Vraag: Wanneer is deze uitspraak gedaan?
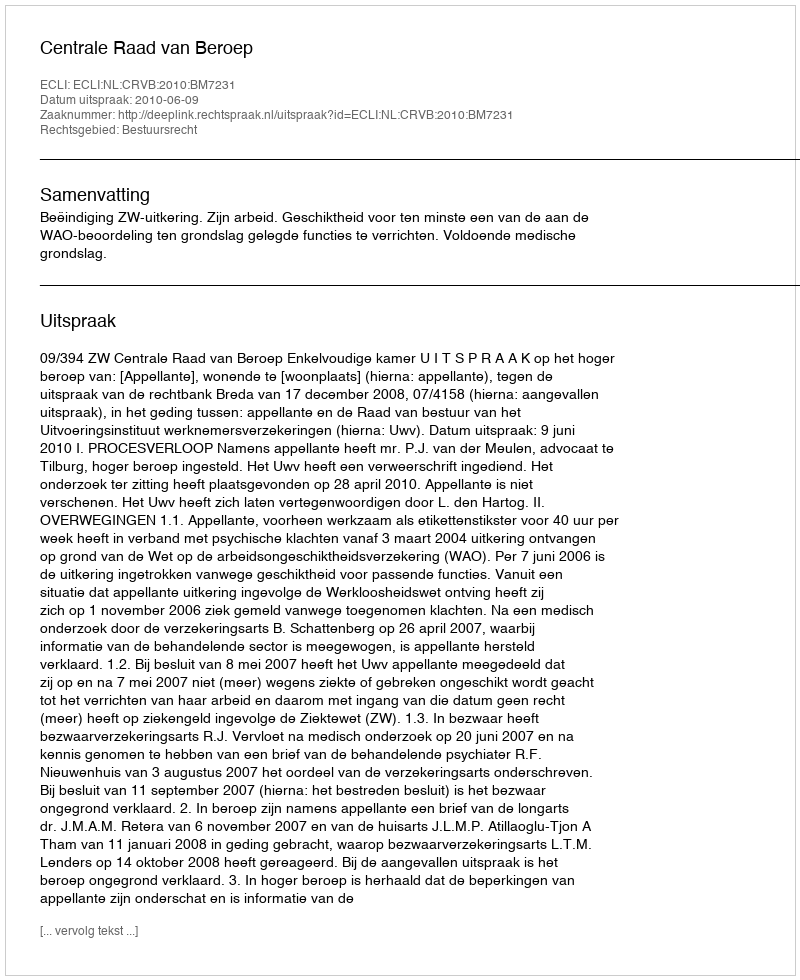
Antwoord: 2010-06-09